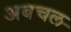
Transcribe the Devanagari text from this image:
अबचल